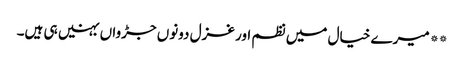
**میرے خیال میں نظم اور غزل دونوں جڑواں بہنیں ہی ہیں۔